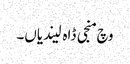
وچ منجی ڈاہ لیندیاں۔